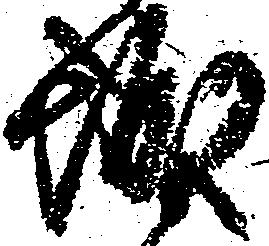
城